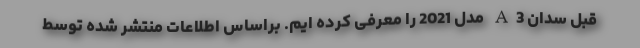
قبل سدان A3 مدل 2021 را معرفی کرده ایم. براساس اطلاعات منتشر شده توسط